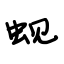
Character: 蚬